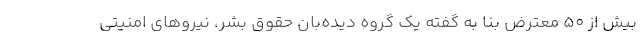
بیش از ۵۰ معترض بنا به گفته یک گروه دیده‌بان حقوق بشر، نیروهای امنیتی